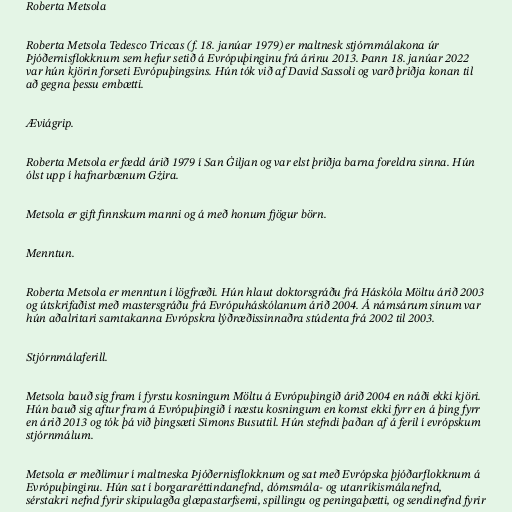
Roberta Metsola

Roberta Metsola Tedesco Triccas (f. 18. janúar 1979) er maltnesk stjórnmálakona úr
Þjóðernisflokknum sem hefur setið á Evrópuþinginu frá árinu 2013. Þann 18. janúar 2022
var hún kjörin forseti Evrópuþingsins. Hún tók við af David Sassoli og varð þriðja konan til
að gegna þessu embætti.

Æviágrip.

Roberta Metsola er fædd árið 1979 í San Ġiljan og var elst þriðja barna foreldra sinna. Hún
ólst upp í hafnarbænum Gżira.

Metsola er gift finnskum manni og á með honum fjögur börn.

Menntun.

Roberta Metsola er menntun í lögfræði. Hún hlaut doktorsgráðu frá Háskóla Möltu árið 2003
og útskrifaðist með mastersgráðu frá Evrópuháskólanum árið 2004. Á námsárum sínum var
hún aðalritari samtakanna Evrópskra lýðræðissinnaðra stúdenta frá 2002 til 2003.

Stjórnmálaferill.

Metsola bauð sig fram í fyrstu kosningum Möltu á Evrópuþingið árið 2004 en náði ekki kjöri.
Hún bauð sig aftur fram á Evrópuþingið í næstu kosningum en komst ekki fyrr en á þing fyrr
en árið 2013 og tók þá við þingsæti Simons Busuttil. Hún stefndi þaðan af á feril í evrópskum
stjórnmálum.

Metsola er meðlimur í maltneska Þjóðernisflokknum og sat með Evrópska þjóðarflokknum á
Evrópuþinginu. Hún sat í borgararéttindanefnd, dómsmála- og utanríkismálanefnd,
sérstakri nefnd fyrir skipulagða glæpastarfsemi, spillingu og peningaþætti, og sendinefnd fyrir